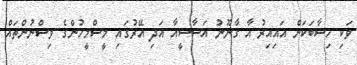
ވަކި ހިސާބަކަށް އައިއިރު އާ ގާނޫނު އަސާސީއާ އަދި އޭރުގައި މީސްމީހުންގެ ވިސްނުންތައް